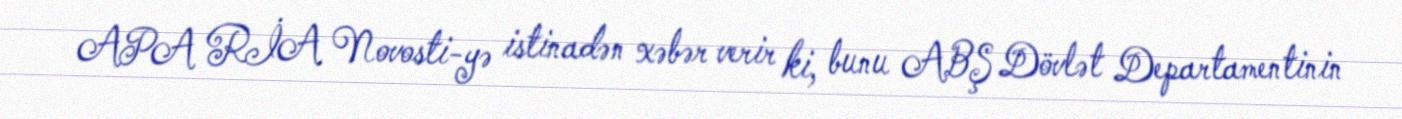
APA RİA Novosti-yə istinadən xəbər verir ki, bunu ABŞ Dövlət Departamentinin